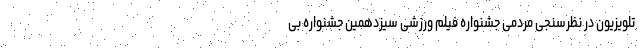
تلویزیون در نظرسنجی مردمی جشنواره فیلم‌ ورزشی سیزدهمین جشنواره بی